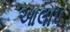
આલાપ